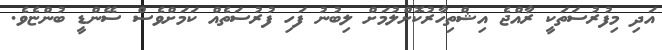
އަދި މިފުރުސަތަކީ ރާއްޖެ އިޝްތިހާރުކޮށްލުމަށް ލިބުނު ފަހި ފުރުސަތެއް ކަމަށްވެސް ސޭންޑީ ބުންޏެވެ.